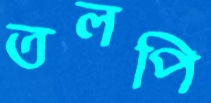
তলপি